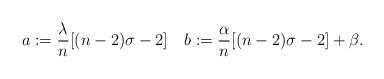
LaTeX: \begin{align*} a:=\frac{\lambda}{n}[(n-2)\sigma-2] \quad b:=\frac{\alpha}{n}[(n-2)\sigma-2]+\beta. \end{align*}